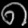
Digit: ၈